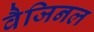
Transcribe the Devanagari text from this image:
वैजिनल